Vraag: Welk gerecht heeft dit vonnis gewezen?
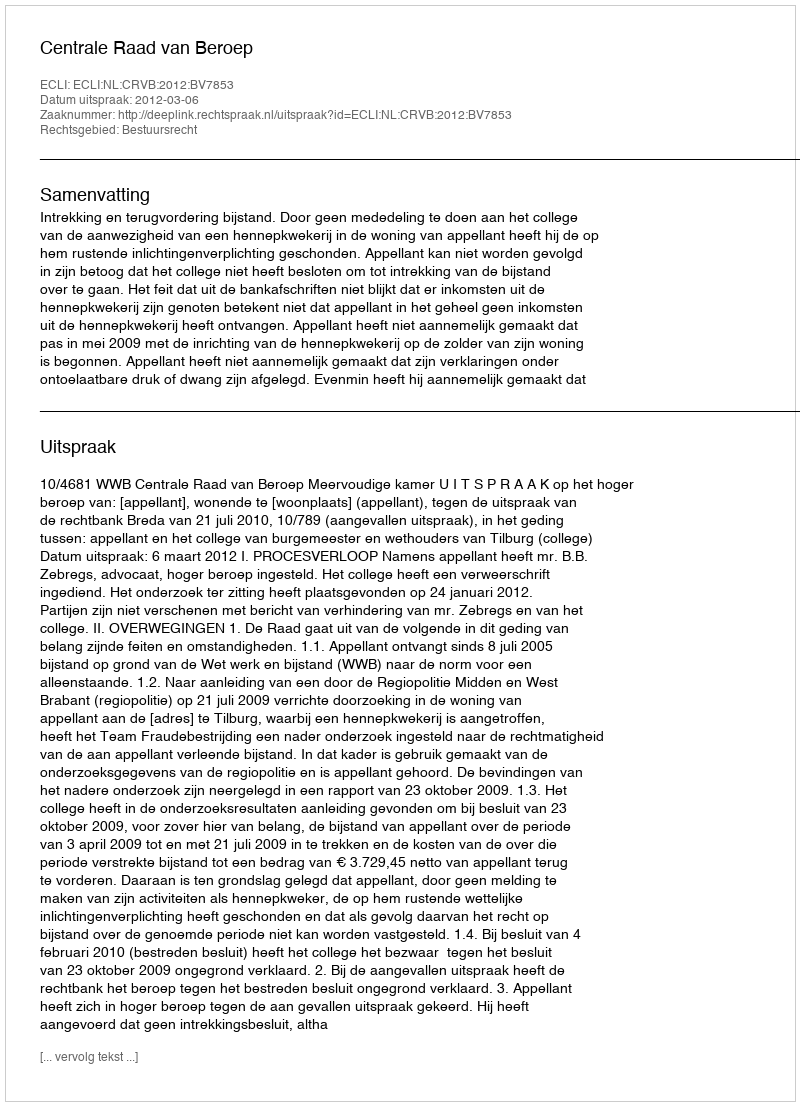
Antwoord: Centrale Raad van Beroep